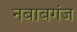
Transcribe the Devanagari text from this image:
नबाबगंज